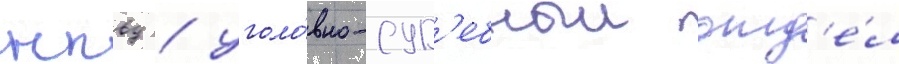
нквд / уголо́вно-суд'ебныи отд'е́л